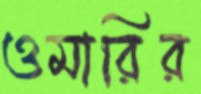
ওমারির